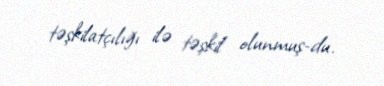
təşkilatçılığı ilə təşkil olunmuş­du.